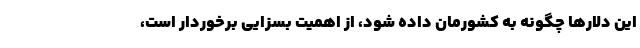
این دلار‌ها چگونه به کشورمان داده شود، از اهمیت بسزایی برخوردار است،